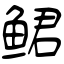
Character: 鲪